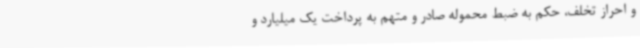
و احراز تخلف، حکم به ضبط محموله صادر و متهم به پرداخت یک میلیارد و